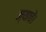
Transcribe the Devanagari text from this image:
ज्याचें।